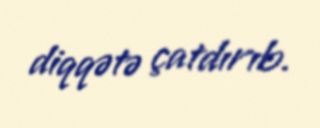
diqqətə çatdırıb.